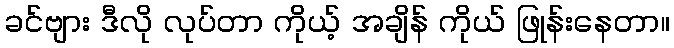
ခင်ဗျား ဒီလို လုပ်တာ ကိုယ့် အချိန် ကိုယ် ဖြုန်းနေတာ။